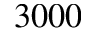
3 0 0 0